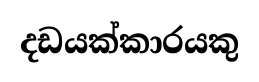
දඩයක්කාරයකු